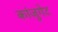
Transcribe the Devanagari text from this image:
कांजुगेट